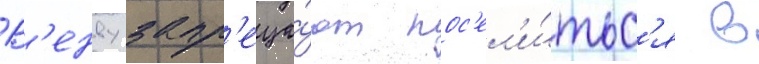
В'енву запр'еща́ют пос'ел'и́тьс'я в